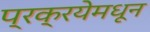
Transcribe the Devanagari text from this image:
प्रक्रयेमधून